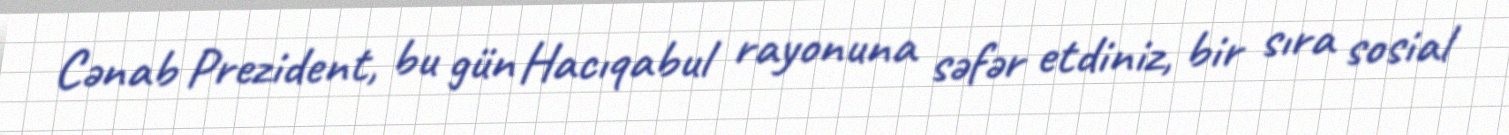
Cənab Prezident, bu gün Hacıqabul rayonuna səfər etdiniz, bir sıra sosial